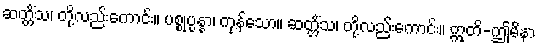
ဆတ္တိံသ၊ တို့လည်းကောင်း။ ပစ္စုပ္ပန္နာ၊ ကုန်သော။ ဆတ္တိံသ၊ တို့လည်းကောင်း။ ဣတိ-ဤမိနာ